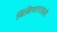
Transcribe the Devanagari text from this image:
बिंबिसाराकडे